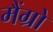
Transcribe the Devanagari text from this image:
मैंग्रो